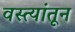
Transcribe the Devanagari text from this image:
वस्त्यांतून